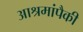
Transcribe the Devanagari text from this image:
आश्रमांपैकी